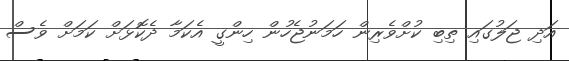
އަދި ޖަލުގައި ތިބި ކުށްވެރިން ހަމަނުޖެހުން ހިންގީ އެކަމާ ދެކޮޅަށް ކަމަށް ވެސް